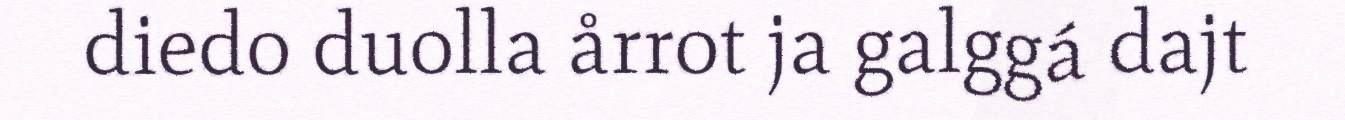
diedo duolla årrot ja galggá dajt